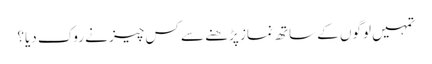
تمہیں لوگوں کے ساتھ نماز پڑھنے سے کس چیز نے روک دیا؟